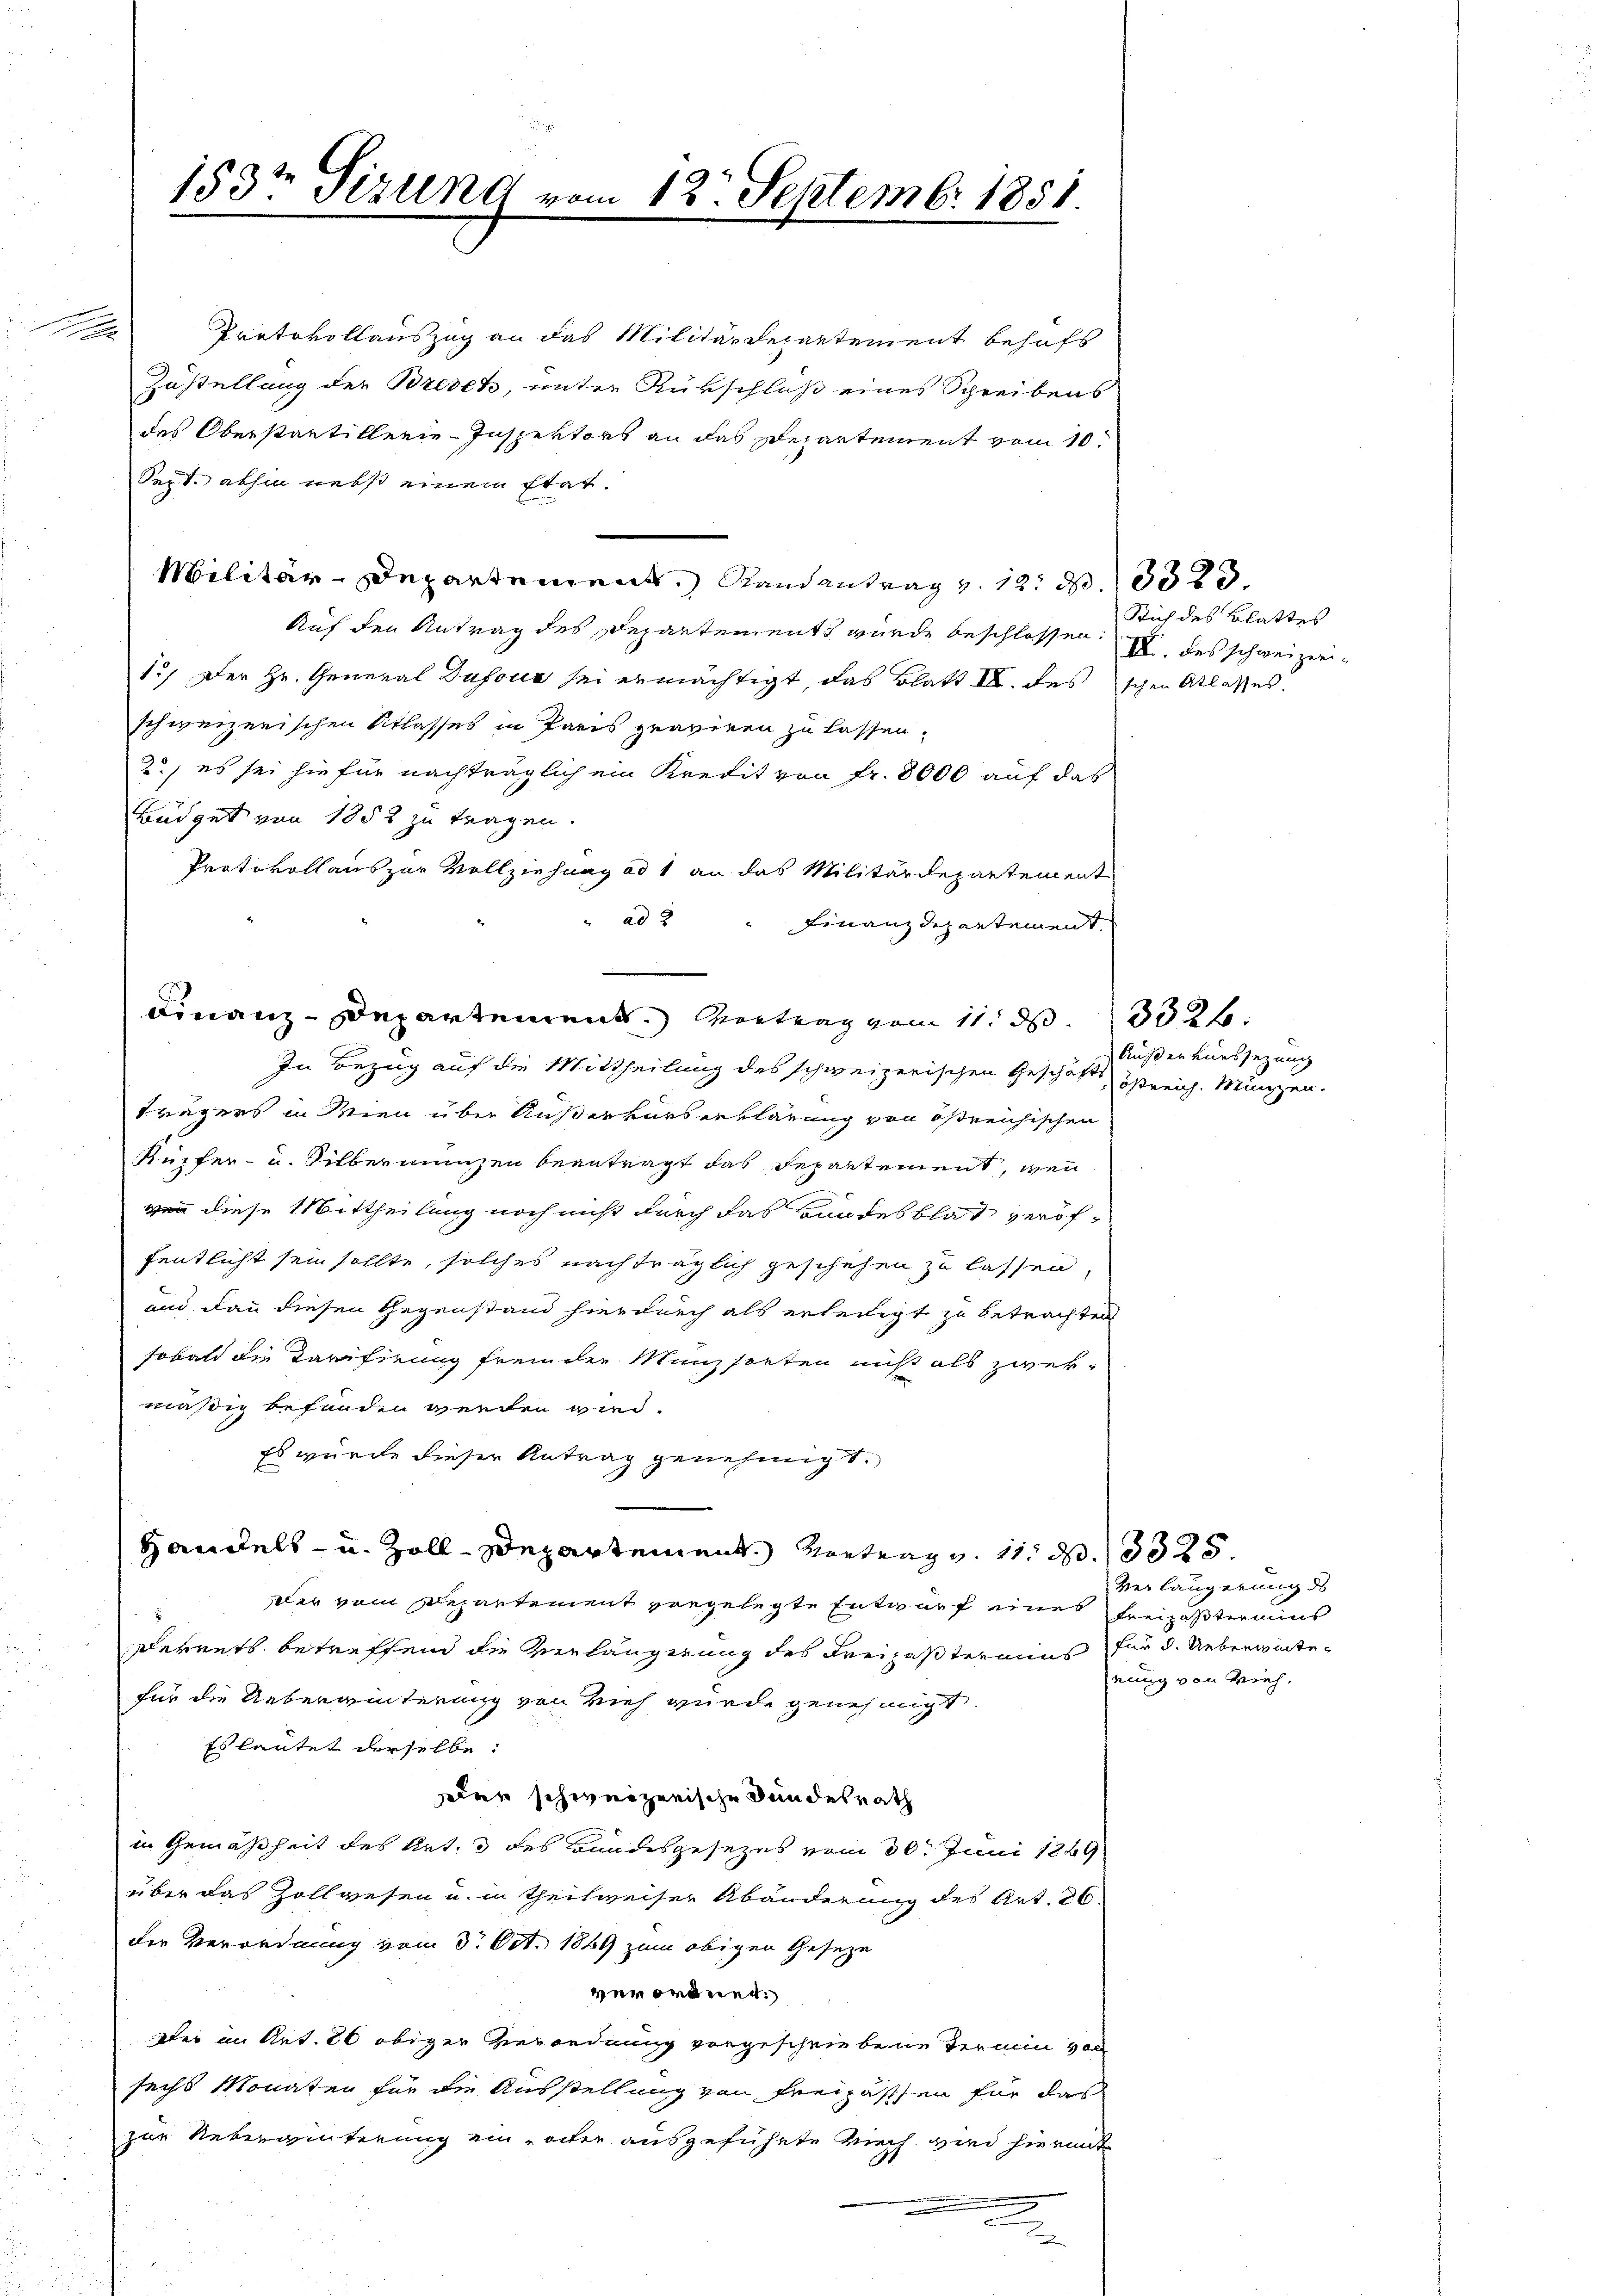
e

Protokollauszug an das Militärdepartement behufs
Zustellung der Bresch, unter Rükschluß eines Schreibens
des Oberstantiklerie-Inspektors an das Departement vom 10.
Sept. abhin nebst einem Etat.
Militär-Departement. Randantrag v. 12. d. 13523.
Auf den Antrag des Departements wurde beschlossen:
1.) Der Hr. General Dufour sei ermächtigt, das Blatt III. des schon Atlasses.
schweizerischen Atlasses in Paris graviren zu lassen.
2, es sei hiefür nachträglich ein Kredit von Fr. 8000 auf das
Büdget von 1852 zu tragen.
Protokoll aus zur Vollziehung ad 1 an das Militärdepartement
ad 2
Finanzdepartement,
Finanz-Departement. Vortrag vom 11. de
In Bezug auf die Mittheilung des schweizerischen Geschäft östreich. Münzen.
Trägers in Wien über Außerkurserklärung von östreichischen
Kupfer- u. Silber munzen beantragt das Departement, wenn
gen diese Mittheilung noch nicht durch das Bundesblat veröffentlicht sein sollte, solches nachträglich geschehen zu lassen,
und dann diesen Gegenstand hierdurch als erledigt zu betrachten
sobald die Tarifirung fremden Münzsorten muß als zwekmäßig befanden werden wird.
Es wurde dieser Antrag genehmigt.
Handels- u. Zoll-Departement. Vortrag v. 11. d. 13325.
Der vom Departement vorgelegte Entwurf eines Freizöstermins
Dekrets betreffend die Verlängerung des Kreizustermins für d. Ueberwintefür die Ueberwinterung von Vieh wurde genehmigt.
Es lautet derselbe:
eier schweizerische Bundesrath
in Gemäßheit des Art. 3 des Bundesgesezes vom 30. Juni 1889
über das Zollwesen u. in Theilweiser Abänderung des Art. 26.
der Verordnung vom 3. Oct. 1849 zum obigen Geseze
verordnet.
Der in Art. 20 obiger Verordnung vorgeschriebene Termin von
sechs Monaten für die Ausstellung von Freigassen für das
zur Ueberguterung ein oder ausgeführte mich vnd hierint

153te Sizung vom 12. Septemb. 1851.

2

Sich des Blattes
III. des schweizeri¬

Außer kurssezung

Verlängerung des
rung von Vieh,